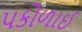
પકોળાઈ